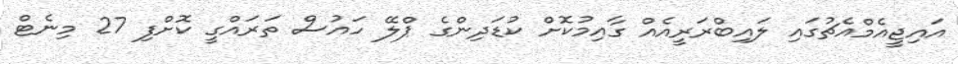
އައިޖީއެމްއެޗުގައި ލައިބްރަރީއެއް ގާއިމުކޮށް ކުޑަދިންގެ ޕްލޭ ހައުސް ތަރައްގީ ކޮށްފި 27 މިނެޓް